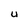
Character: U